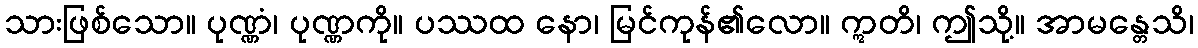
သားဖြစ်သော။ ပုဏ္ဏံ၊ ပုဏ္ဏကို။ ပဿထ နော၊ မြင်ကုန်၏လော။ ဣတိ၊ ဤသို့။ အာမန္တေသိ၊